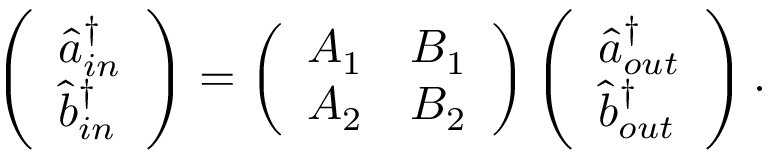
\left( \begin{array} { l } { \hat { a } _ { i n } ^ { \dagger } } \\ { \hat { b } _ { i n } ^ { \dagger } } \end{array} \right) = \left( \begin{array} { l l } { A _ { 1 } } & { B _ { 1 } } \\ { A _ { 2 } } & { B _ { 2 } } \end{array} \right) \left( \begin{array} { l } { \hat { a } _ { o u t } ^ { \dagger } } \\ { \hat { b } _ { o u t } ^ { \dagger } } \end{array} \right) .